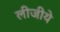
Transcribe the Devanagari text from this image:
लीजीये